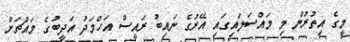
މީގެ އިތުރުން މި މައްސަލައިގައި އޭރުގެ ނައިބު ރައީސް އަހްމަދު އަދީބުގެ މައްޗަށް